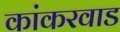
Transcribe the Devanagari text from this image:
कांकरवाड